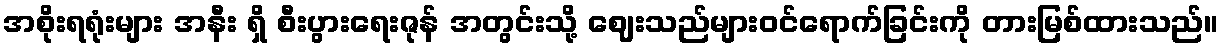
အစိုးရရုံးများ အနီး ရှိ စီးပွားရေးဇုန် အတွင်းသို့ ဈေးသည်များဝင်ရောက်ခြင်းကို တားမြစ်ထားသည်။